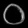
Digit: ၀